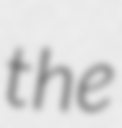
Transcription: the